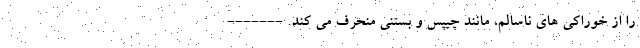
را از خوراکی های ناسالم، مانند چیپس و بستنی منحرف می کند. -------